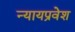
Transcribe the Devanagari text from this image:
न्यायप्रवेश